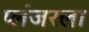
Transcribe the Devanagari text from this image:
प्लंजरला